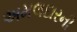
અમલદારની